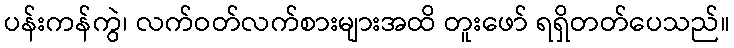
ပန်းကန်ကွဲ၊ လက်ဝတ်လက်စားများအထိ တူးဖော် ရရှိတတ်ပေသည်။